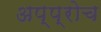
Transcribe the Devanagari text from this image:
अप्प्रोच